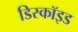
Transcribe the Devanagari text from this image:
डिस्कॉइड